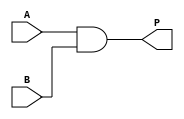
`timescale 1ns / 1ps
//////////////////////////////////////////////////////////////////////////////////
// Company: 
// Engineer: 
// 
// Design Name: 
// Module Name: multiply1bit
// Project Name: 
// Target Devices: 
// Tool Versions: 
// Description: 
// 
// Dependencies: 
// 
// Revision:
// Revision 0.01 - File Created
// Additional Comments:
// 
//////////////////////////////////////////////////////////////////////////////////


module multiply1bit(
	input A,
	input B,
	output P
);


and U5 (P, A, B);

endmodule